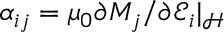
\alpha _ { i j } = \mu _ { 0 } \partial M _ { j } / \partial \mathcal { E } _ { i } \rvert _ { \mathcal { H } }